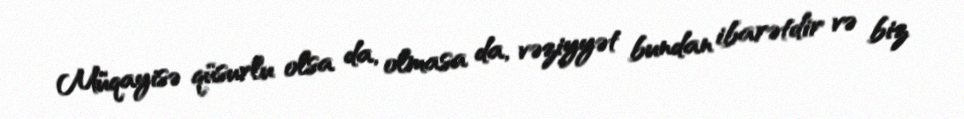
Müqayisə qüsurlu olsa da, olmasa da, vəziyyət bundan ibarətdir və biz